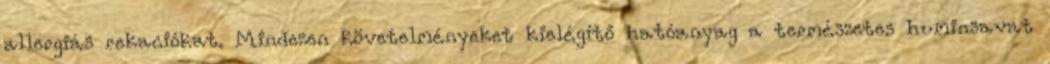
allergiás rekaciókat. Mindezen követelményeket kielégítő hatóanyag a természetes huminsavat